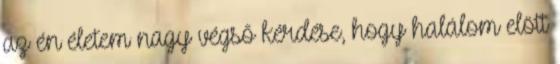
az én életem nagy végső kérdése, hogy halálom elött